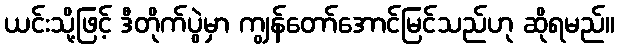
ယင်းသို့ဖြင့် ဒီတိုက်ပွဲမှာ ကျွန်တော်အောင်မြင်သည်ဟု ဆိုရမည်။